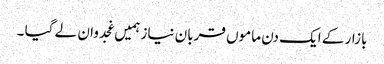
بازار کے ایک دن ماموں قربان نیاز ہمیں غجدوان لے گیا ۔